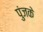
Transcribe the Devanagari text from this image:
पुंजके